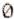
0